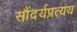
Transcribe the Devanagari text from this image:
सौंदर्यप्रत्यय